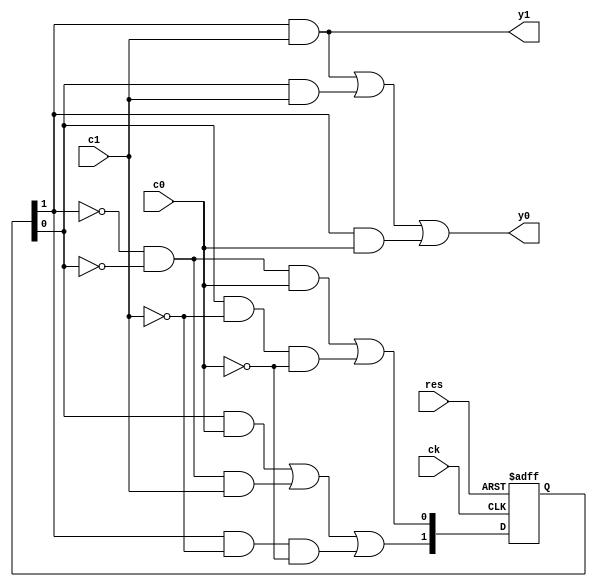
module vend150(ck, res, c0, c1, y0, y1);
    input ck, res;
    input c0, c1;
    output y0, y1;
    reg [1:0] q;
    wire qn0, qn1;
    wire [1:0] qn;
    
    assign qn = {qn1, qn0};
    assign y1 = q[1] & c1;
    assign y0 = q[1] & c1 | q[0] & c1 | q[1] & c0;

    assign qn1 = q[0] & c0 | (~q[1]) & (~q[0]) & c1 | q[1] & (~c1) & (~c0);
    assign qn0 = (~q[1]) & (~q[0]) & c0 | q[0] & (~c1) & (~c0);

    always @(posedge ck or posedge res) begin
        if(res == 1'b1)
            q <= 2'b0;
        else
            q <= qn;
    end

endmodule